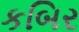
કબિર